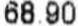
68.90